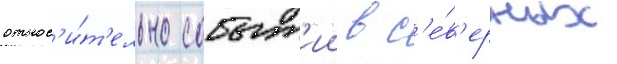
относ'и́т'ельно событ'ии в с'е́в'ерных